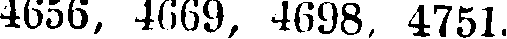
4656, 4669, 4698, 4751.